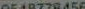
0548778456